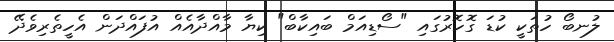
ލުނބޯ ހުތަކީ ކުޑަ ގޮހޮރުގައި "ސޯޑިއަމް ބައިކާބް" ކިޔާ މާއްދާއެއް އުފައްދަން އެހީތެރިވެދޭ